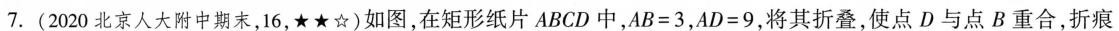
7.(2020北京人大附中期末，16，★★☆)如图，在矩形纸片ABCD中，$$A B = 3$$，$$A D = 9$$，将其折叠，使点D与点B重合，折痕为